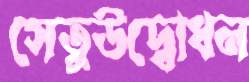
সেতুউদ্বোধন